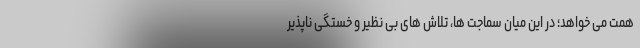
همت می خواهد؛ در این میان سماجت ها، تلاش های بی نظیر و خستگی ناپذیر